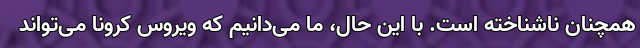
همچنان ناشناخته است. با این حال، ما می‌دانیم که ویروس کرونا می‌تواند